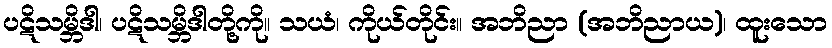
ပဋိသမ္ဘိဒါ၊ ပဋိသမ္ဘိဒါတို့ကို။ သယံ၊ ကိုယ်တိုင်း။ အဘိညာ (အဘိညာယ)၊ ထူးသော